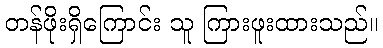
တန်ဖိုးရှိကြောင်း သူ ကြားဖူးထားသည်။